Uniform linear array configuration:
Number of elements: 16
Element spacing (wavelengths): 1
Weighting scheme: blackman
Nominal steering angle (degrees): -45
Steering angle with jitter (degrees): -43.21
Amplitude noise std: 0.05
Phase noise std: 0.05

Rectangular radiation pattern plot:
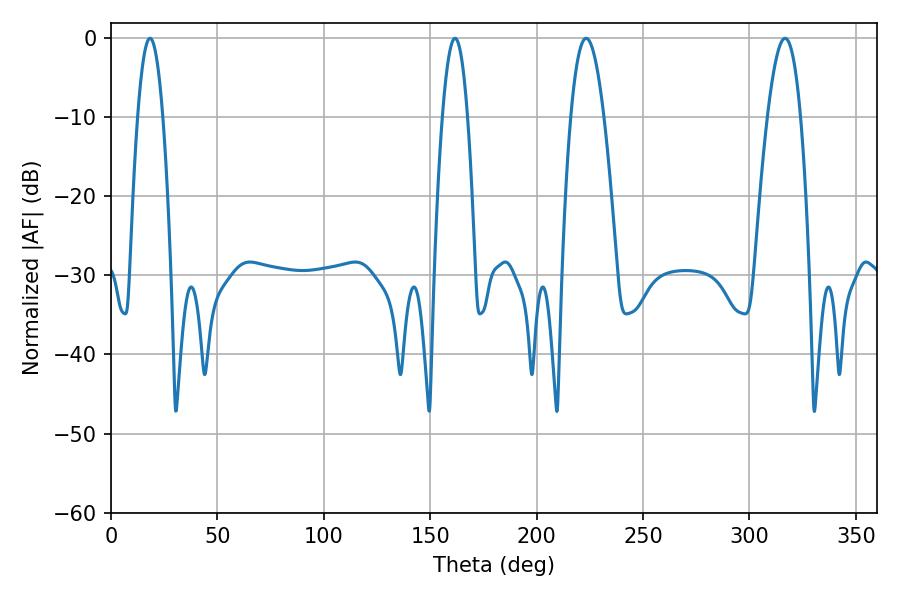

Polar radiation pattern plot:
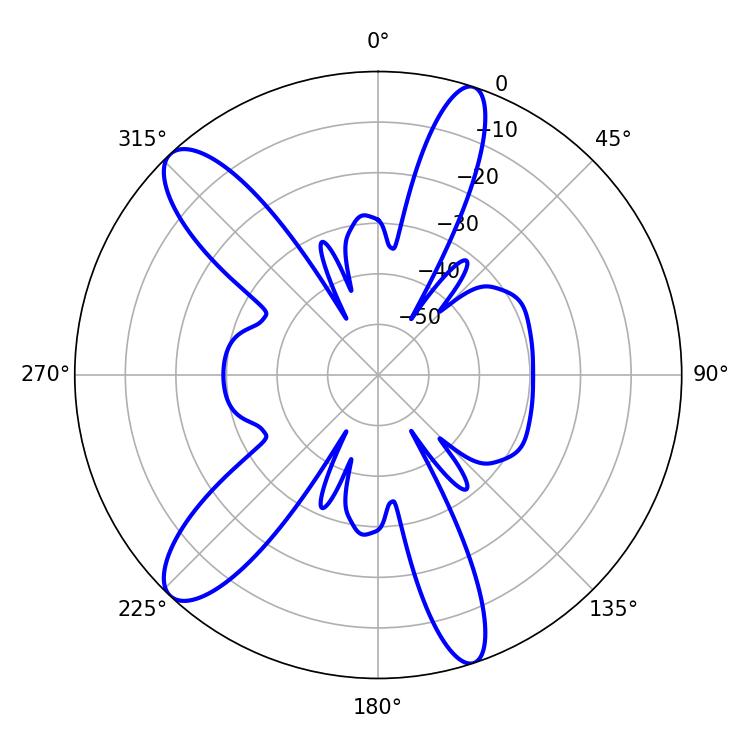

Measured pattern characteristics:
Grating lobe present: TRUE
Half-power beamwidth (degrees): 6.48
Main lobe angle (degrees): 18.36